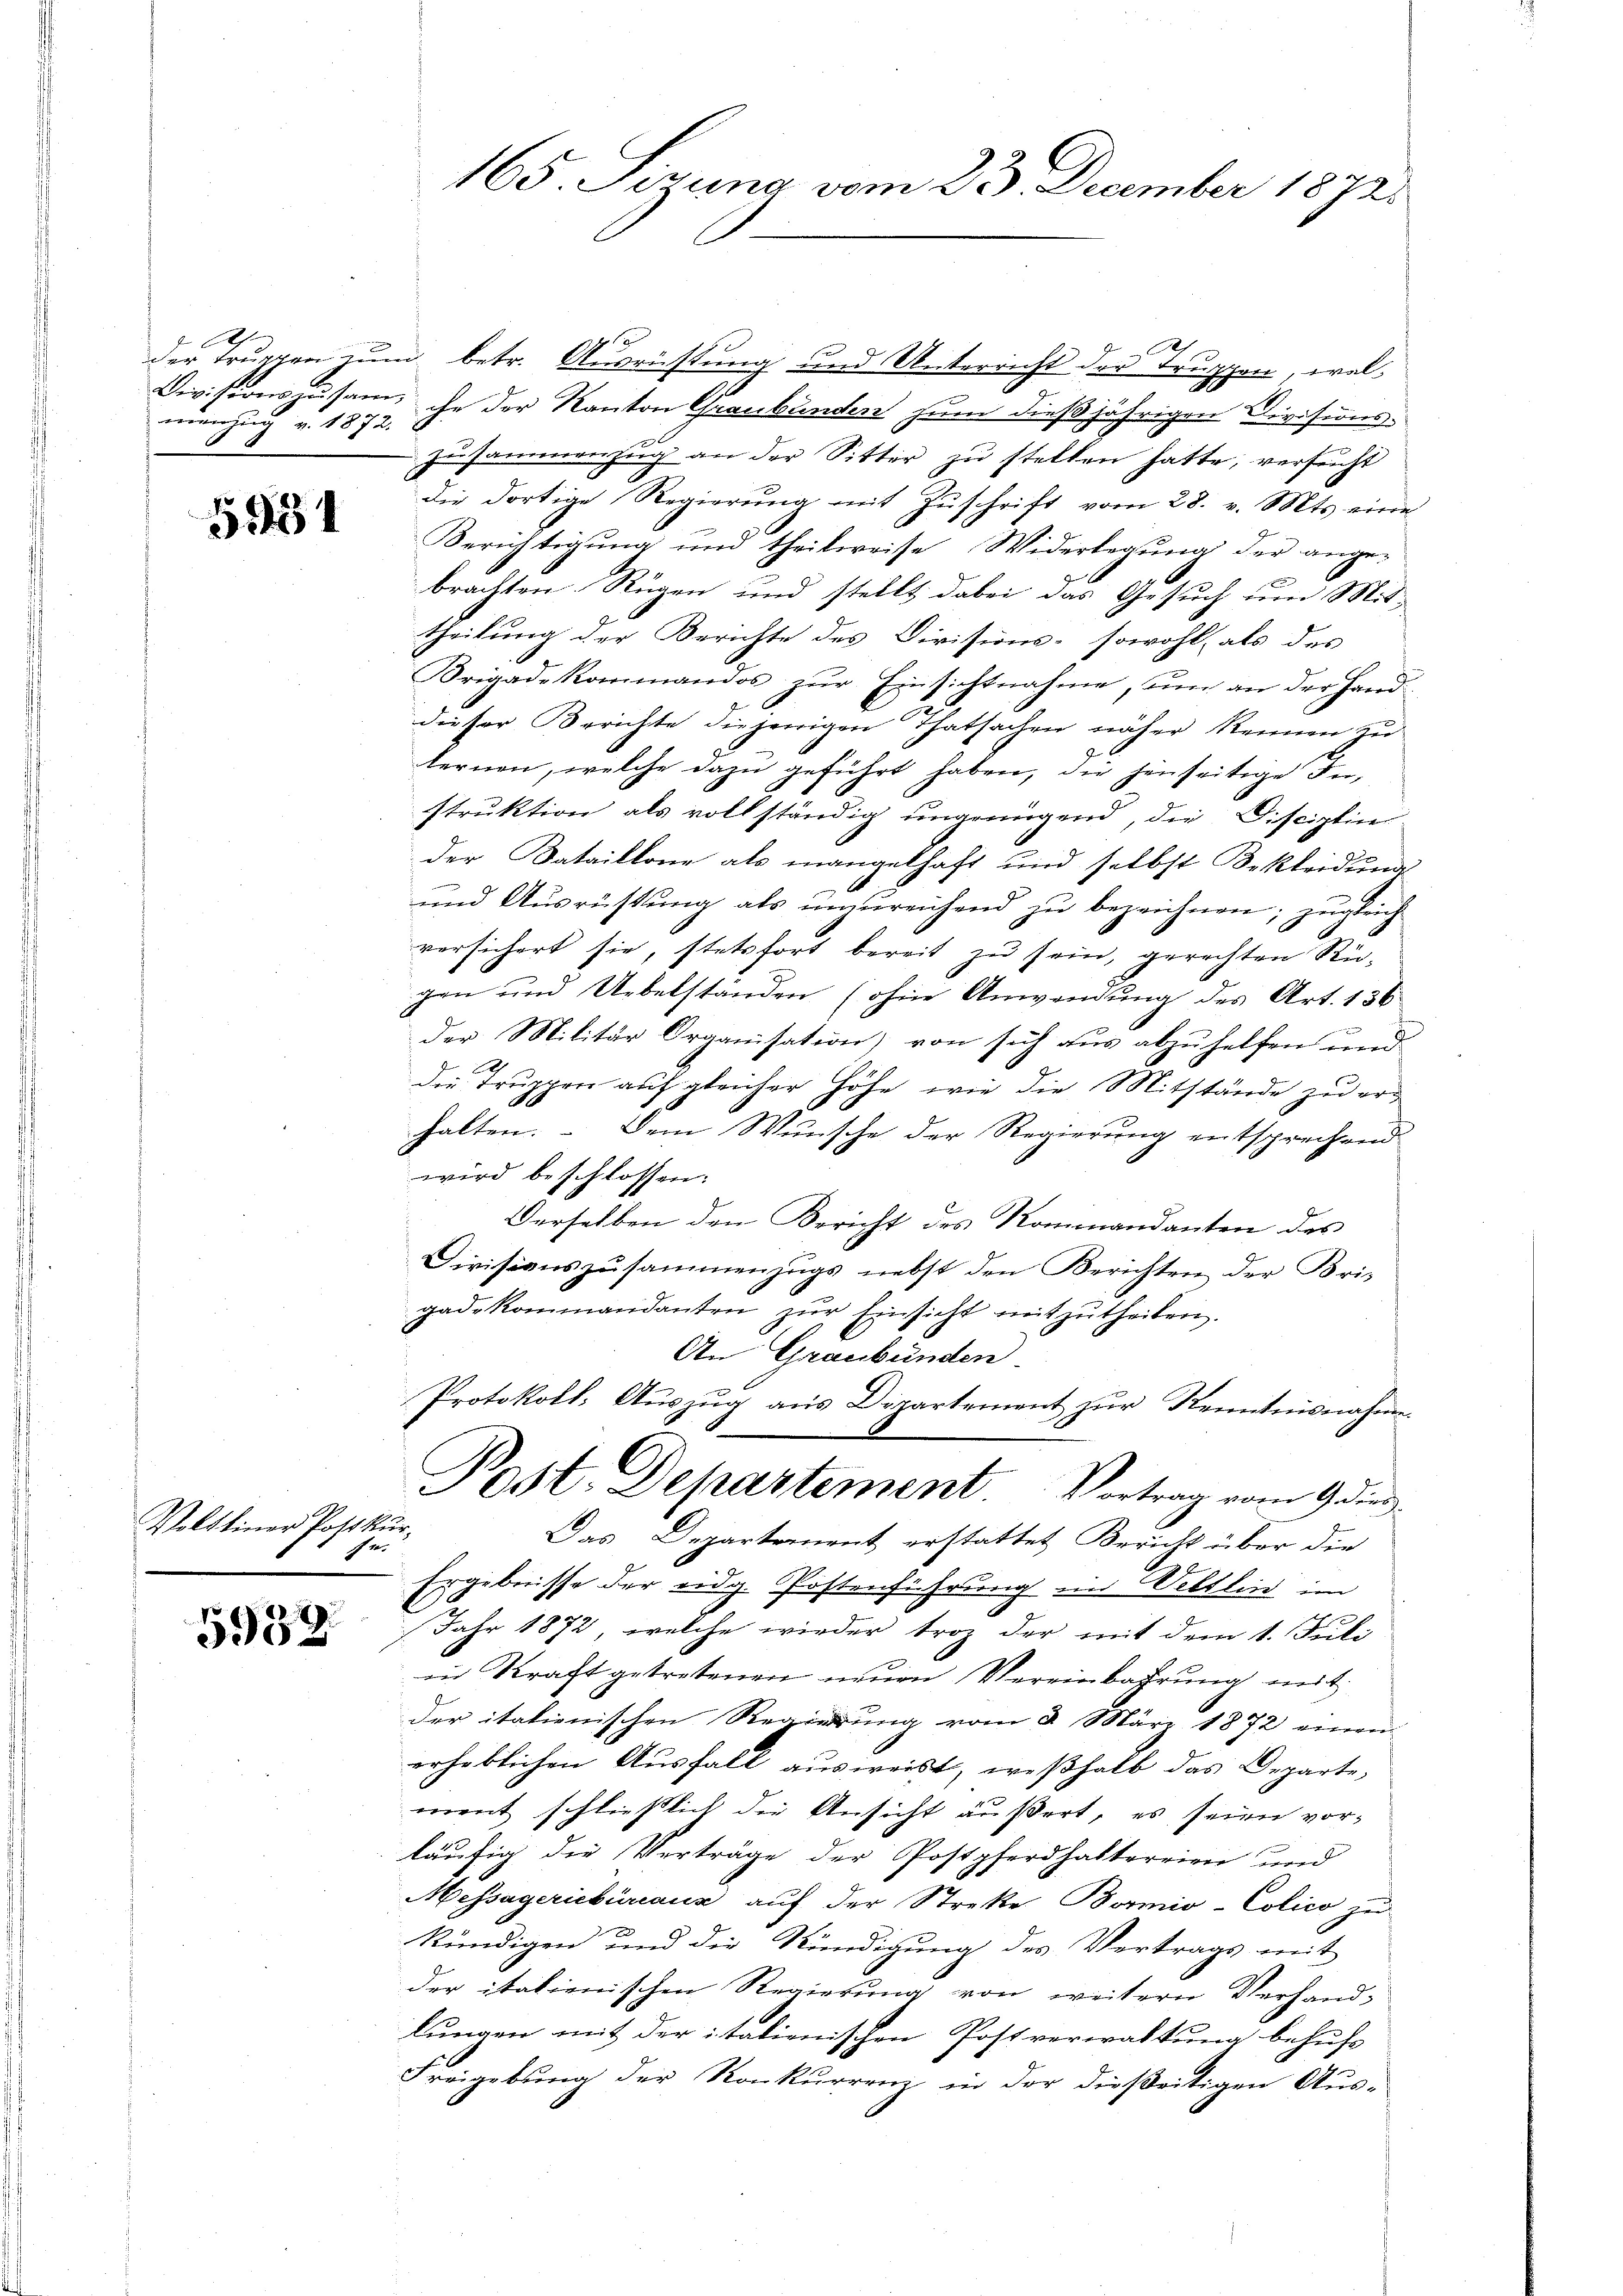
A
menzug v. 1872.
.

5951

Veltliner Post kur¬
1

5939

165 Sizung vom 23. December 1872

der Truppen zum betr. Ausrüstung und Unterricht der Truppen, wel¬
Divisionszusam, ihn der Kanton Graubünden zum dießjährigen Divisionszusammenzug an der Sitter zu stellen hatte, versucht
die dortige Regierung mit Zuschrift vom 28. v. Mts. eine
Berichtigŭng und theilweise Widerlegŭng der ange-
brachten Rügen und stellt dabei das Gesuch um Mit-
theilung der Berichte des Divisions- sowohl, als des
Brigadekommandos zur Einsichtnahme, um an der Handdieser Berichte diejenigen Thatsachen näher Rennen zu
bernen, welche dazu geführt haben, die jenseitige In-
struktion als vollständig ungenügend, die Disciplin
der Bataillone als mangelhaft und selbst Bekleidung
und Ausrüstung als unzureichend zu bezeichnen; zugleich
versichert sie, stetsfort bereit zu sein, gerechten Rü-
gen und Uebelständen (ohne Anwendung des Art. 136
der Militär Organisation) von sich aus abzuhelfen und
die Truppen auf gleicher Höhe, wie die Mitstände zu erhalten. – Dem Wunsche der Regierung entsprechend
wird beschlossen:
Derselben den Bericht des Kommandanten des
Divisionszusammenzugs nebst den Berichten der Bris
gadekommandanten zŭr Einsicht mitzŭtheilen.
An Graubünden.
Protokoll, Auszug aus Dipartement zur Kenntnisnahme.
Post. Departement Vortrag vom 9 dies
Das Departement erstattet Bericht über die
e
Ergebnisse der eidg. Postenführung im Veltlin im
Jahr 1872, welche wieder troz der mit dem 1. Juli
in Kraft getretenen neuen Vereinbahrung mit
der italienischen Regierung vom 8. März 1872 einem
erheblichen Ausfall ausweist, weßhalb das Departe,
ment schließlich die Ansicht äußert, es seien vor-
läufig die Verträge der Postpferdhaltereien und
Messagericbüreaus auf der Strekte Bormio-Colico zu
kündigen und die Kündigung des Vertrags mit
der italienischen Regierung von weitern Verhand-
lungen mit der itationischen Postverwaltung behufs
Freigebung der Konkurren in der dießeitigen Aus-